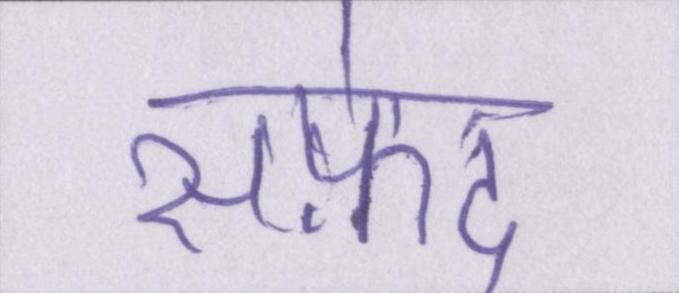
सफ़ेद